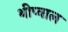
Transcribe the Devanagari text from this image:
थीप्वाल